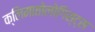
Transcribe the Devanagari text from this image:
क्लिमातोलोगिस्ट्स